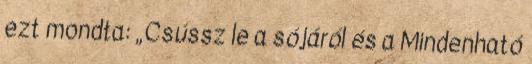
ezt mondta: „Csússz le a sójáról és a Mindenható